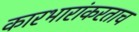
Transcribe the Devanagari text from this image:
कारभारांकरताच